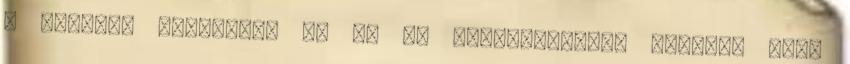
a Hivatal megkapta, és az is megerősítésre került, hogy